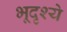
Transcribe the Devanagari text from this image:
भूदृश्ये